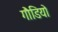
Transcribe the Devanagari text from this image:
गौडियो